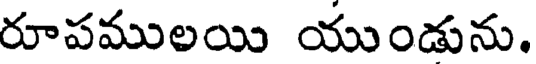
రూపములయి యుండును.